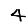
Digit: 4